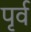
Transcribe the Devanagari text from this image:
पृर्व